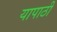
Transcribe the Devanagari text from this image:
यापाठी